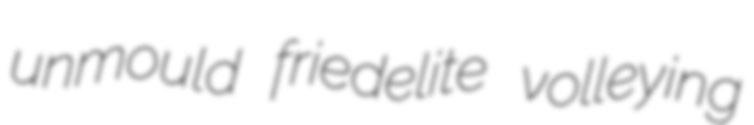
unmould friedelite volleying